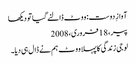
آوازِ دوست: ووٹ ڈالنے گیا تو دیکھا
پیر، 18 فروری، 2008
لو جی زندگی کا پہلا ووٹ ہم نے ڈال ہی دیا۔